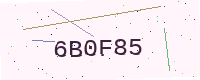
Text: 6B0F85